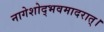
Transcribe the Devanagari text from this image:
नागेशोद्भवमादरात्‌।